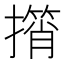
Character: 𢶠